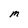
Character: M